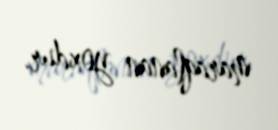
maraqlanan yoxdur.